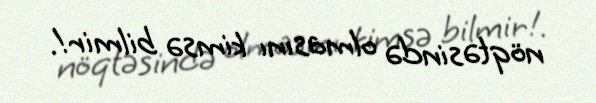
nöqtəsində olmasını kimsə bilmir!.